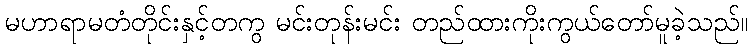
မဟာရာမတံတိုင်းနှင့်တကွ မင်းတုန်းမင်း တည်ထားကိုးကွယ်တော်မူခဲ့သည်။